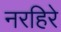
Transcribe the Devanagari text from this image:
नरहिरे